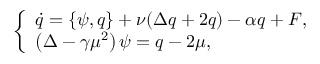
\left\{ \begin{array} { l l } { \dot { q } = \left\{ \psi , q \right\} + \nu ( \Delta q + 2 q ) - \alpha q + F , } \\ { \left( \Delta - \gamma \mu ^ { 2 } \right) \psi = q - 2 \mu , } \end{array} \right.